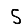
Digit: 5